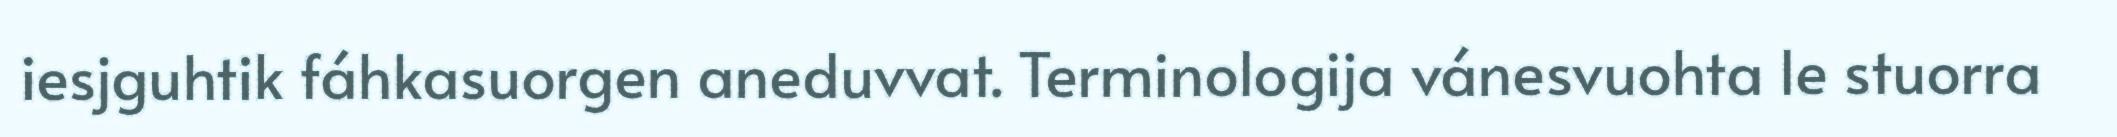
iesjguhtik fáhkasuorgen aneduvvat. Terminologija vánesvuohta le stuorra